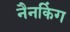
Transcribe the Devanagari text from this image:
नैनकिंग